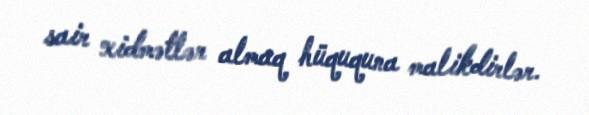
sair xidmətlər almaq hüququna malikdirlər.